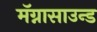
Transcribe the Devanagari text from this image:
मॅग्नासाउन्ड